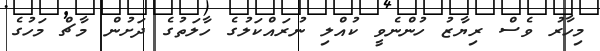
މިހާރު ވެސް ރިޔާޒު ހުންނެވީ ކުއްލި ނުރައްކަލުގެ ހާލަތުގެ ދަށުން މާޗް މަހުގެ